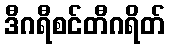
ဒီဂရီစင်တီဂရိတ်